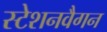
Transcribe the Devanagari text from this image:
स्टेशनवैगन